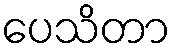
ပေသိတာ